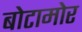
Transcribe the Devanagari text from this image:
बोटामोर